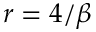
r = 4 / \beta